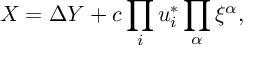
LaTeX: X = \Delta Y + c \prod _ { i } u _ { i } ^ { * } \prod _ { \alpha } \xi ^ { \alpha } ,